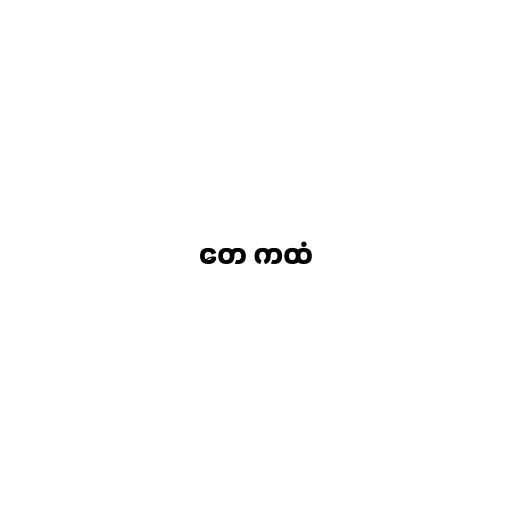
တေ ကထံ